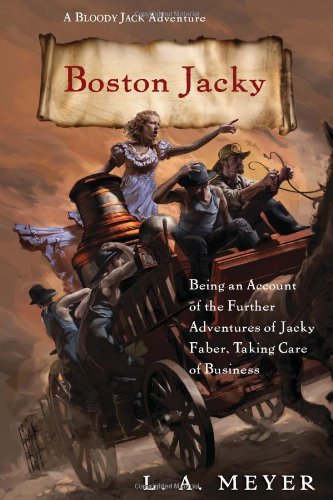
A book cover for Boston Jacky: Being an Account of the Further Adventures of Jacky Faber, Taking Care of Business (Bloody Jack Adventures); L. A. Meyer; Business & Money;